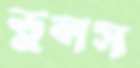
ভুলস